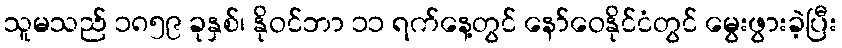
သူမသည် ၁၈၅၉ ခုနှစ်၊ နိုဝင်ဘာ ၁၁ ရက်နေ့တွင် နော်ဝေနိုင်ငံတွင် မွေးဖွားခဲ့ပြီး